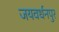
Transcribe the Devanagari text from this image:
जयवर्धनपुर